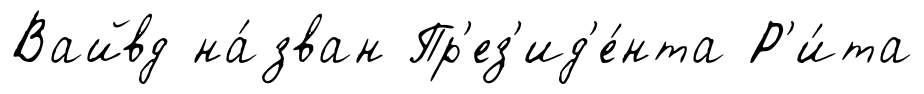
Вайвд на́зван Пр'ез'ид'е́нта Р'и́та